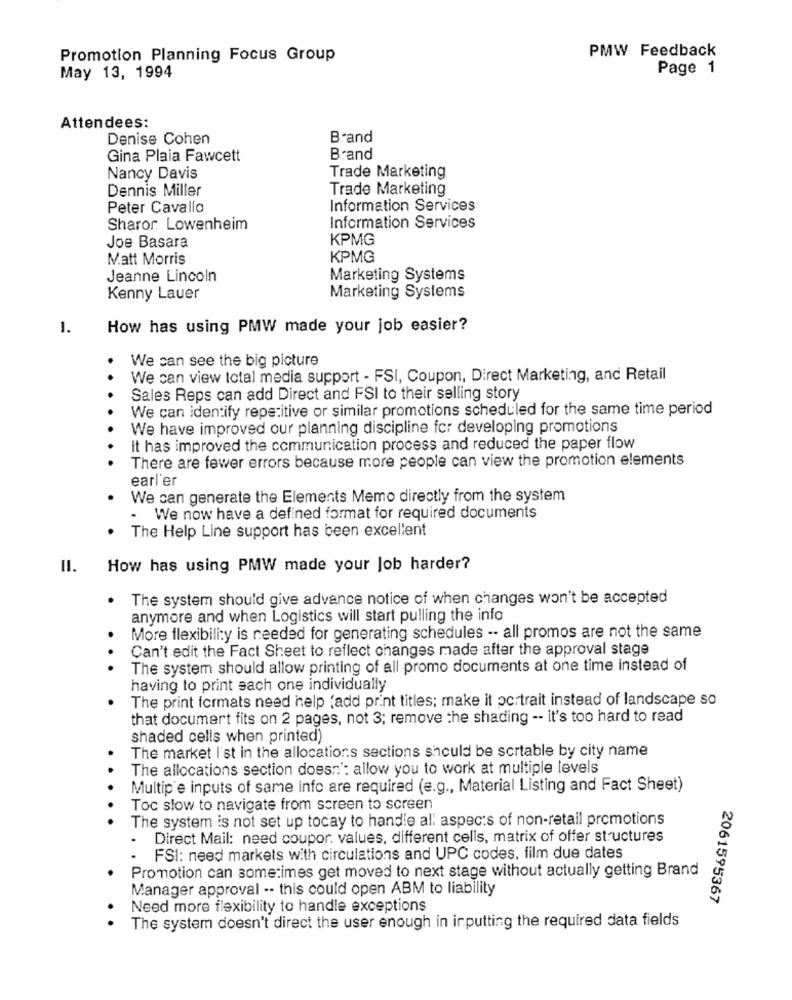
PMW Feedback
Promotion Planning Focus Group
Page 1
May 13, 1994
Attendees:
Denise Cohen
Brand
Gina Plaia Fawcett
Brand
Trade Marketing
Nancy Davis
Dennis Miller
Trade Marketing
Peter Cavallo
Information Services
Sharor. Lowenheim
Information Services
KPMG
Joe Basara
Matt Morris
KPMG
Jeanne Lincoln
Marketing Systems
Kenny Lauer
Marketing Systems
1.
How has using PMW made your job easier?
We can see the big picture
We can view total media support - FSI, Coupon, Direct Marketing, and Retail
Sales Reps can add Direct and FSI to their selling story
We can identify repetitive or similar promotions scheduled for the same time period
We have improved our planning discipline for developing promotions
It has improved the communication process and reduced the paper flow
There are fewer errors because more people can view the promotion elements
earl'er
We can generate the Elements Memo directly from the system
- We now have a defined format for required documents
The Help Line support has been excellent
II. How has using PMW made your Job harder?
The system should give advance notice of when changes won't be accepted
anymore and when Logistics will start pulling the info
More flexibility is needed for generating schedules -- all promos are not the same
Can't edit the Fact Sheet to reflect changes made after the approval stage
.
The system should allow printing of all promo documents at one time instead of
having to print each one individually
The print formats need help (add print titles; make it portrait instead of landscape so
that documert fits on 2 pages, not 3; remove the shading -- it's too hard to read
shaded cells when printed)
The market I'st in the allocations sections should be scrtable by city name
The allocations section doesn': allow you to work at multiple levels
Multip e inputs of same info are required (e.g ., Material Listing and Fact Sheet)
Toc slow to navigate from screen to screen
· · · · ·
The system is not set up tocay to handle all aspects of non-retail promotions
Direct Mail: need coupor. values, different cells, matrix of offer structures
FSI: need markets with circulations and UPC codes, film due dates
Promotion can sometimes get moved to next stage without actually getting Brand
Manager approval -- this could open ABM to liability
2061595367
Need more flexibility to handle exceptions
..
The system doesn't direct the user enough in irputting the required data fields